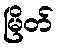
မြိတ်